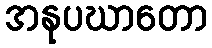
အနုပဃာတော